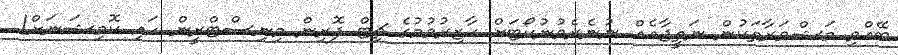
ބޭއްވި މަޝްވަރާތަކުން ނަތީޖާއެއް ނުނެރެވުނުކޯޓަށް ހާޒިރުވުމުގެ ޗިޓް ފޮރިން މިނިސްޓްރީން ހައި ކޮމިޝަނަށް!